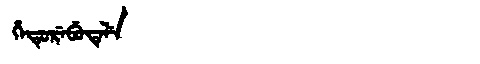
Manchu: ᡥᡝᡨᡠᡵᡝᠪᡠᡨᡝᠯᡝ
Romanization: HETUREBUTELE